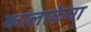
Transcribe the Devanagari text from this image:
कालाकेया